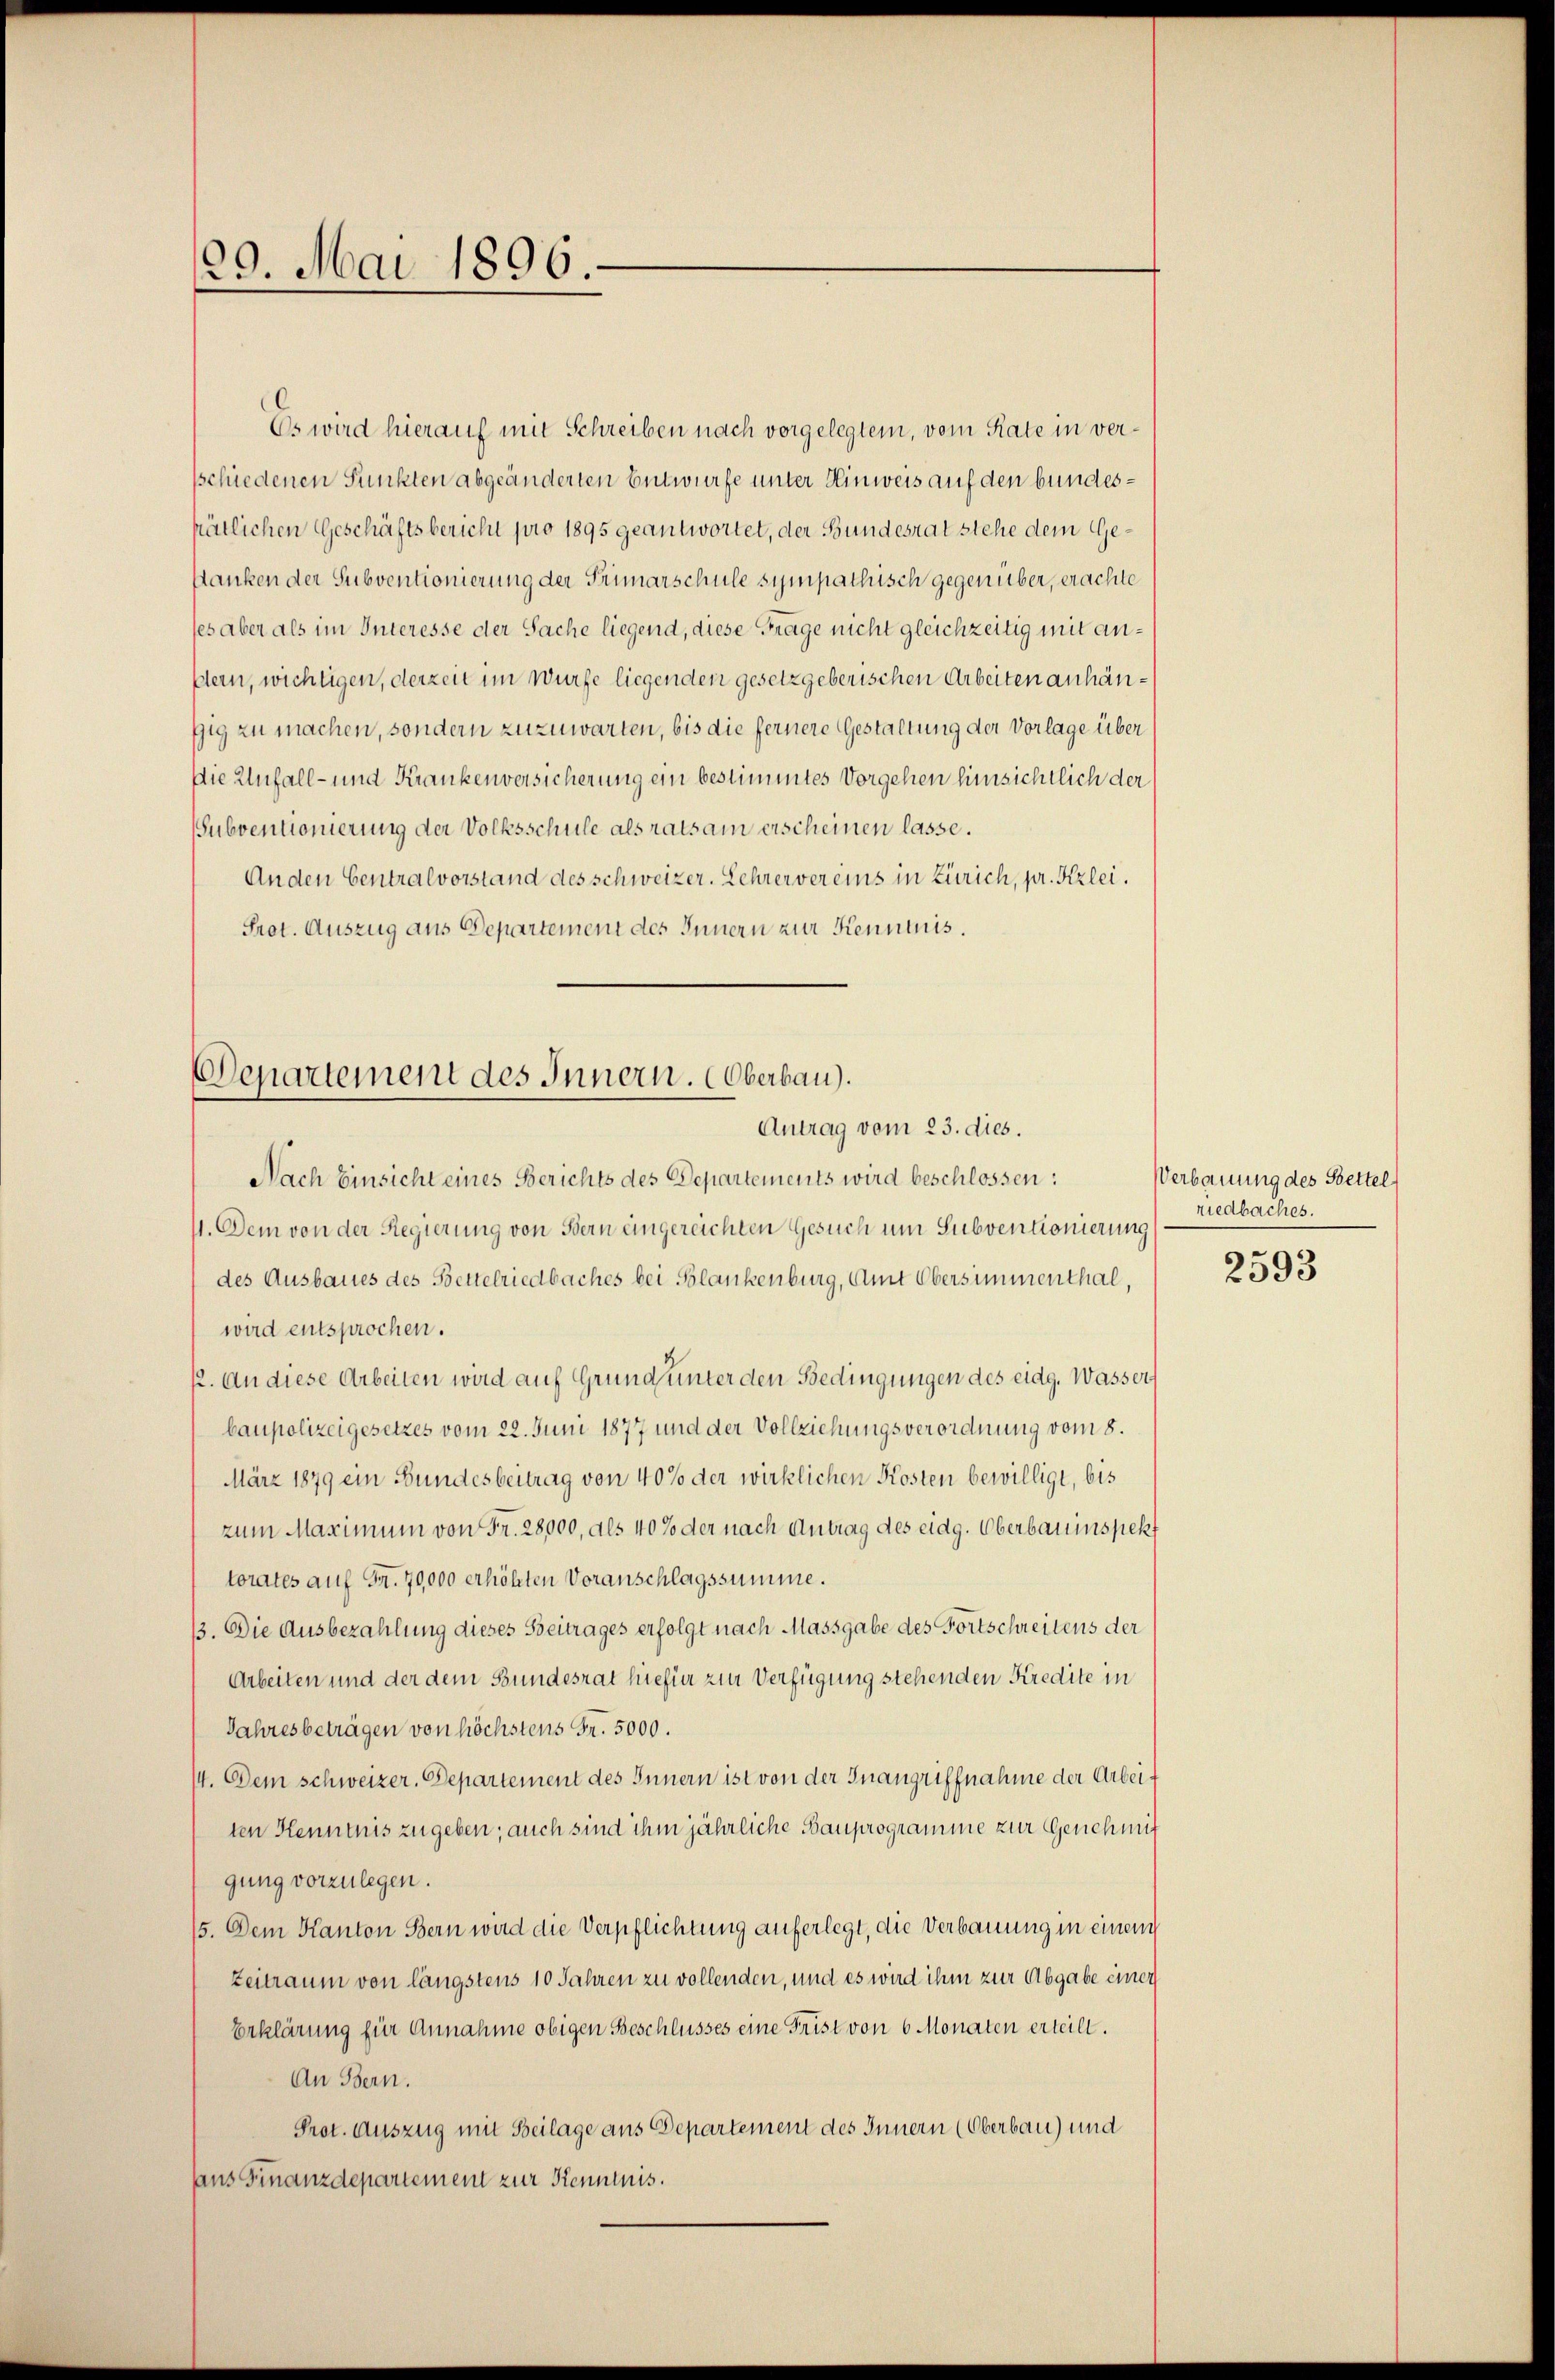
29. Mai 1896

Es wird hierauf mit Schreiben nach vorgelegtem, vom Rate in verschiedenen Punkten abgeänderten Entwurfe unter Hinweis auf den bundeshötlichen Geschäftsbericht pro 1895 geantwortet, der Bundesrat stehe dem Gesanken der Subventionierung der Primarschule sympathisch gegenüber, erachte
ses aber als im Interesse der Sache liegend, diese Frage nicht gleichzeitig mit anßlein, wichtigen, derzeit im Würfe liegenden gesetzgeberischen Arbeiten anhänfig zu machen, sondern zuzuwarten, bis die fernere Gestaltung der Vorlage über
Die Unfall- und Krankenversicherung ein bestimmtes Vorgehen hinsichtlich der
Subventionierung der Volksschule als rats am erscheinen lasse.
Anden Centralvorstand des schweizer. Lehrer vereins in Zürich, pr. Kzlei.
Prot. Auszug aus Departement des Innern zur Kenntnis.

Departement des Innern. Oberbau).
Antrag vom 23. dies.

Nach Einsicht eines Berichts des Departements wird beschlossen:
1. Dem von der Regierung von Bern eingereichten Gesuch um Subventionierung
des Ausbaues des Bettelriedbaches bei Blankenburg, Amt Übersimmenthal,
wird entsprochen.
12. An diese Arbeiten wird auf Grund unter den Bedingungen des eidg. Wasser
baupolizeigesetzes vom 22. Juni 1877 und der Vollziehungsverordnung vom 8.
März 1879 ein Bundesbeitrag von 40% der wirklichen Kosten bewilligt, bis
zum Maximum von Fr. 28,000, als 40% der nach Antrag des eidg. Oberbauinspekt
torates auf Fr. 70,000 erhöhten Voranschlagssumme.
13. Die Ausbezahlung dieses Beitrages erfolgt nach Massgabe des Fortschreitens der
Arbeiten und der dem Bundesrat hiefür zur Verfügung stehenden Kredite in
Jahresbeträgen von höchstens Fr. 5000.
14. Dem schweizer. Departement des Innern ist von der Inangriffnahme der Arbeiten Kenntnis zugeben; auch sind ihm jährliche Bauprogramme zur Genehmit
gung vorzulegen.
15. Dem Kanton Bern wird die Verpflichtung auferlegt, die Verbauung in einem
Zeitraum von längstens 10 Jahren zu vollenden, und es wird ihm zur Abgabe einer
Erklärung für Annahme obigen Beschlusses eine Frist von 6 Monaten erteilt.
An Bern.
Prot. Auszug mit Beilage aus Departement des Innern (Oberbau) und
aaus Finanzdepartement zur Kenntnis.

Verbauung des Settel
riedbaches.

2593